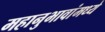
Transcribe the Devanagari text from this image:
महानुभावांमध्ये